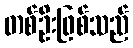
တစ်ဦးဖြစ်သည်